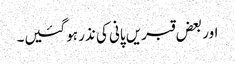
اور بعض قبریں پانی کی نذر ہوگئیں۔